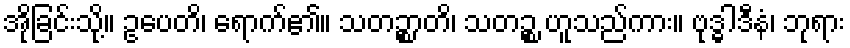
အိုခြင်းသို့။ ဥပေတိ၊ ရောက်၏။ သတဉ္စာတိ၊ သတဉ္စ ဟူသည်ကား။ ဗုဒ္ဓါဒီနံ၊ ဘုရား